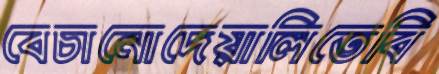
বেচানোদেয়ালিতেবি